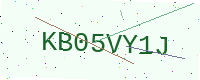
Text: KB05VY1J